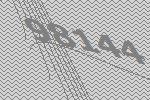
98144